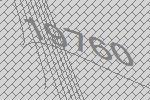
19760